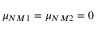
{ \mu } _ { N M 1 } = { \mu } _ { N M 2 } = 0